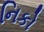
નિકો